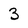
Character: 3